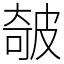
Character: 㿲